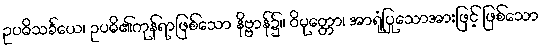
ဥပဓိသင်္ခယေ၊ ဥပဓိ၏ကုန်ရာဖြစ်သော နိဗ္ဗာန်၌။ ဝိမုတ္တော၊ အာရုံပြုသောအားဖြင့် ဖြစ်သော